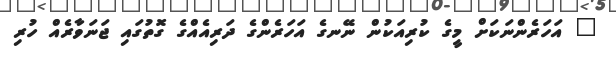
" އަހަރެންނަކަށް މީގެ ކުރިއަކުން ނޭނގެ އަހަރެންގެ ދަރިއެއްގެ ގޮތުގައި ޖަނަވާރެއް ހުރި